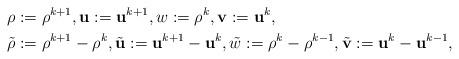
LaTeX: \begin{align*}& \rho:=\rho^{k+1},\mathbf{u}:=\mathbf{u}^{k+1},w:=\rho^k,\mathbf{v}:=\mathbf{u}^k,\\ & \tilde{\rho} := \rho^{k+1}-\rho^k,\tilde{\mathbf{u}}:= \mathbf{u} ^{k+1}-\mathbf{u} ^k,\tilde{w} := \rho^{k}-\rho^{k-1},\tilde{\mathbf{v}} := \mathbf{u} ^{k}-\mathbf{u} ^{k-1},\end{align*}